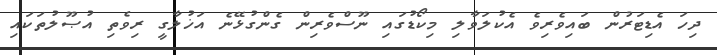
ދިހަ އެޑިޓަރުން ބައިވެރިވެ އެކުލަވާލި މިކޯޑުގައި ނޫސްވެރިން ގެންގުޅޭނެ އަޚުލާގީ ރިވެތި އުޞޫލުތަކައި